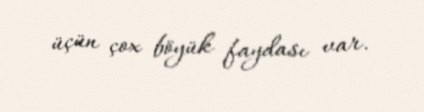
üçün çox böyük faydası var.